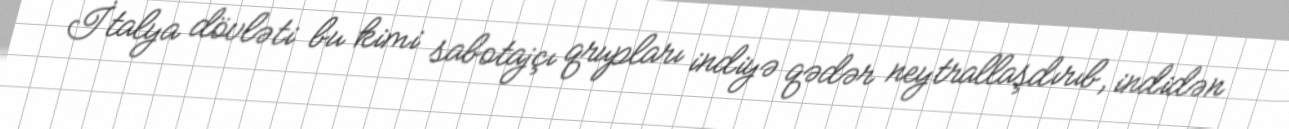
İtalya dövləti bu kimi sabotajçı qrupları indiyə qədər neytrallaşdırıb, indidən